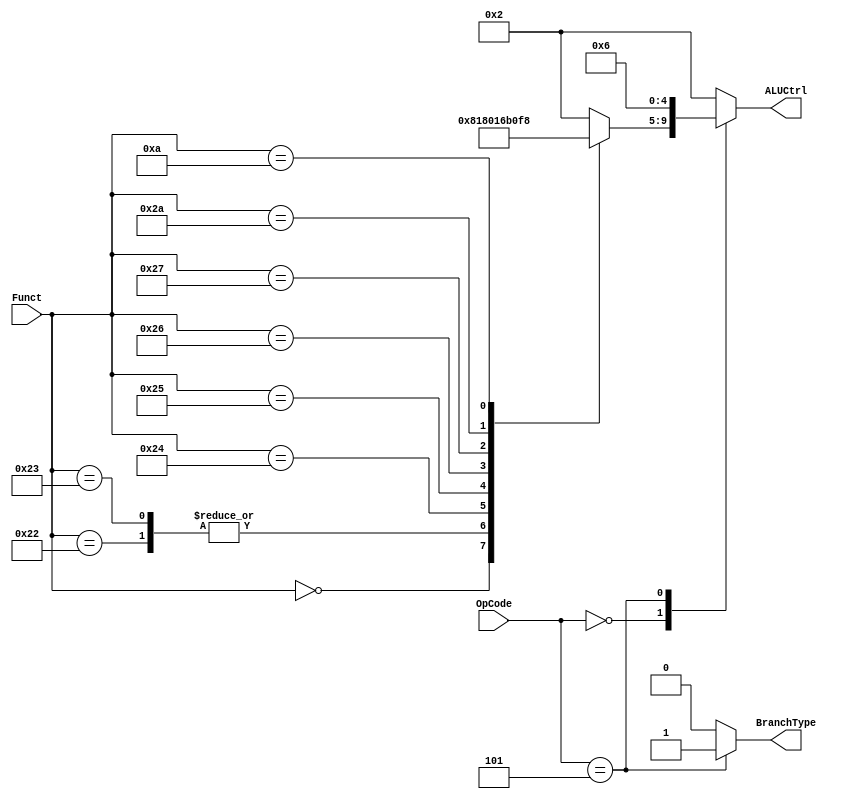
`timescale 1ns / 1ps

module ALUControl(
	input [5:0] OpCode,
	input [5:0] Funct,
	output reg [4:0] ALUCtrl,
	output reg BranchType
);
	// funct number for different operation
	parameter AND = 5'b00000;
	parameter OR  = 5'b00001;
	parameter ADD = 5'b00010;
	parameter SUB = 5'b00110;
	parameter SLT = 5'b00111;
	parameter NOR = 5'b01100;
	parameter XOR = 5'b01101;
	parameter SLL = 5'b10000;
	parameter MOVZ = 5'b11000;
	
	// set ALUFunct
	always @(*)
	begin
		case (OpCode)
			6'h00: begin
				case (Funct) // OpCode == 6'h00
					6'h00: ALUCtrl <= SLL;
					6'h20: ALUCtrl <= ADD;
					6'h21: ALUCtrl <= ADD;
					6'h22: ALUCtrl <= SUB;
					6'h23: ALUCtrl <= SUB;
					6'h24: ALUCtrl <= AND;
					6'h25: ALUCtrl <= OR;
					6'h26: ALUCtrl <= XOR;
					6'h27: ALUCtrl <= NOR;
					6'h2a: ALUCtrl <= SLT;
					// MOVZ
					6'h0a: ALUCtrl <= MOVZ;
					default: ALUCtrl <= ADD;
				endcase
			end
			6'h23: ALUCtrl <= ADD; // lw
			6'h2b: ALUCtrl <= ADD; // sw
			6'h05: ALUCtrl <= SUB; // bne
            // j
            6'h02: ALUCtrl <= ADD;
			default: ALUCtrl <= ADD; // other instructions
		endcase
	end

	parameter BNE = 1'b1;
	
	// set BranchType
	always @(*)
	begin
		case (OpCode)
			6'h05: BranchType <= BNE; // bne
			default: BranchType <= 1'b0; // other instructions
		endcase
	end
endmodule